Report on sanitation, dispensaries, and jails in Rajputana for 1913, and on vaccination for the year 1913-1914 - 1913-1914
Year: 1913
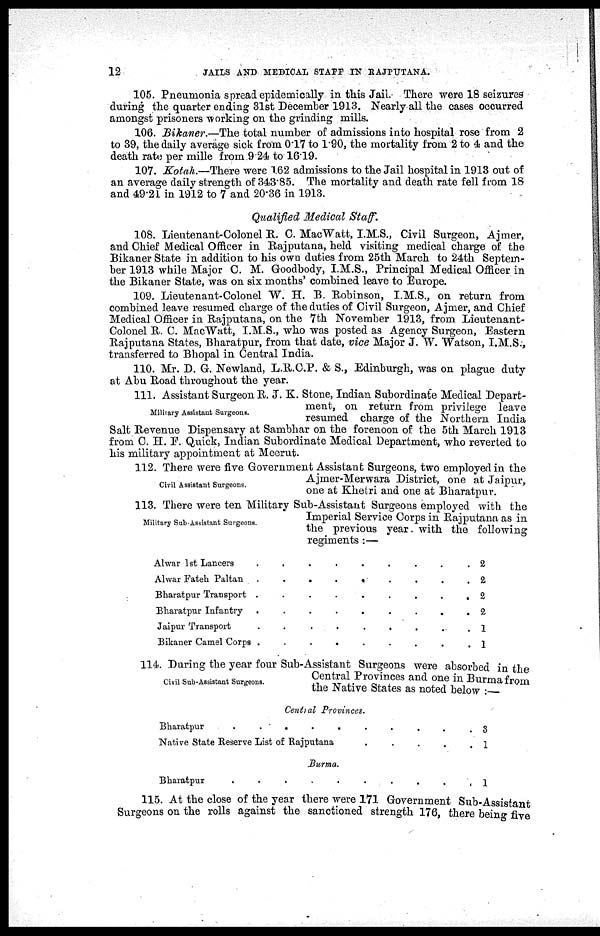
12
JAILS AND MEDICAL STAFF IN RAJPUTANA.
105. Pneumonia spread epidemically in this Jail. There were 18 seizures
during the quarter ending 31st December 1913. Nearly all the cases occurred
amongst prisoners working on the grinding mills.
106. Bikaner.—The total number of admissions into hospital rose from 2
to 39, the daily average sick from 0.17 to 1.90, the mortality from 2 to 4 and the
death rate per mille from 9.24 to 16.19.
107. Kotah.—There were 162 admissions to the Jail hospital in 1913 out of
an average daily strength of 343.85. The mortality and death rate fell from 18
and 49.21 in 1912 to 7 and 20.36 in 1913.
Qualified Medical Staff.
108. Lieutenant-Colonel R. C. MacWatt, I.M.S., Civil Surgeon, Ajmer,
and Chief Medical Officer in Rajputana, held visiting medical charge of the
Bikaner State in addition to his own duties from 25th March to 24th Septem-
ber 1913 while Major C. M. Goodbody, I.M.S., Principal Medical Officer in
the Bikaner State, was on six months' combined leave to Europe.
109. Lieutenant-Colonel W. H. B. Robinson, I.M.S., on return from
combined leave resumed charge of the duties of Civil Surgeon, Ajmer, and Chief
Medical Officer in Rajputana, on the 7th November 1913, from Lieutenant-
Colonel R. C. MacWatt, I.M.S., who was posted as Agency Surgeon, Eastern
Rajputana States, Bharatpur, from that date, vice Major J. W. Watson, I.M.S.,
transferred to Bhopal in Central India.
110. Mr. D. G. Newland, L.R.C.P. & S., Edinburgh, was on plague duty
at Abu Road throughout the year.
Military Assistant Surgeons.
111. Assistant Surgeon R. J. K. Stone, Indian Subordinate Medical Depart-
ment, on return from privilege leave
resumed charge of the Northern India
Salt Revenue Dispensary at Sambhar on the forenoon of the 5th March 1913
from C. H. F. Quick, Indian Subordinate Medical Department, who reverted to
his military appointment at Meerut.
Civil Assistant Surgeons.
112. There were five Government Assistant Surgeons, two employed in the
Ajmer-Merwara District, one at Jaipur,
one at Khetri and one at Bharatpur.
Military Sub-Assistant Surgeons.
113. There were ten Military Sub-Assistant Surgeons employed with the
Imperial Service Corps in Rajputana as in
the previous year with the following
regiments :—
Alwar 1st Lancers
.
.
.
.
.
.
Alwar Fateh Paltan
.
.
.
.
.
.
Bharatpur Transport . . . . . .
Bharatpur Infantry
.
.
.
.
.
.
Jaipur Transport
.
.
.
.
Bikaner Camel Corps
.
.
.
.
2
2
2
2
1
1
Civil Sub-Assistant Surgeons.
114. During the year four Sub-Assistant Surgeons were absorbed in the
Central Provinces and one in Burma from
the Native States as noted below :—
Central Provinces.
Bharatpur . . . . . . . .
Native State Reserve List of Rajputana
.
.
.
.
.
3
1
Burma.
Bharatpur . . . . . . . .
1
115. At the close of the year there were 171 Government Sub-Assistant
Surgeons on the rolls against the sanctioned strength 176, there being five